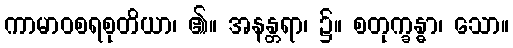
ကာမာဝစရစုတိယာ၊ ၏။ အနန္တရာ၊ ၌။ စတုက္ခန္ဓာ၊ သော။